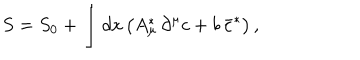
LaTeX: S = S _ { 0 } + \int d x \, \bigl ( A _ { \mu } ^ { \ast } \, \partial ^ { \mu } c + b \, \bar { c } ^ { \ast } \bigr ) \, ,